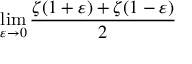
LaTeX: \operatorname* { l i m } _ { \varepsilon \to 0 } { \frac { \zeta ( 1 + \varepsilon ) + \zeta ( 1 - \varepsilon ) } { 2 } }